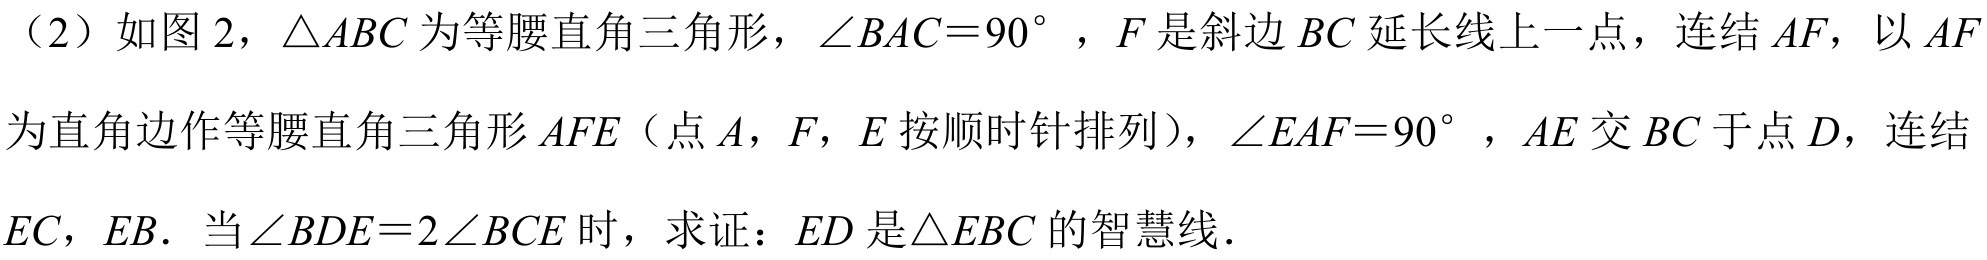
（2）如图2，\(\triangle ABC\)为等腰直角三角形，\(\angle BAC = 90^{\circ}\)，\(F\)是斜边\(BC\)延长线上一点，连结\(AF\)，以\(AF\)
为直角边作等腰直角三角形\(AFE\)（点\(A\)，\(F\)，\(E\)按顺时针排列），\(\angle EAF = 90^{\circ}\)，\(AE\)交\(BC\)于点\(D\)，连结
\(EC\)，\(EB\). 当\(\angle BDE = 2\angle BCE\)时，求证：\(ED\)是\(\triangle EBC\)的智慧线.